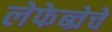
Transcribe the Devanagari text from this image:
लेफेब्व्रेचे